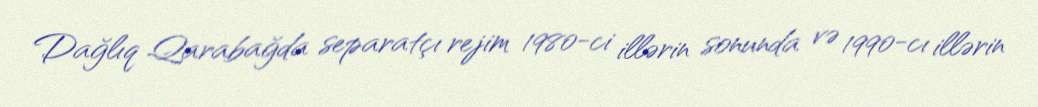
Dağlıq Qarabağda separatçı rejim 1980-ci illərin sonunda və 1990-cı illərin